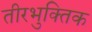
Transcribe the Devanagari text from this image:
तीरभुक्‍तिक